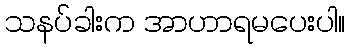
သနပ်ခါးက အာဟာရမပေးပါ။